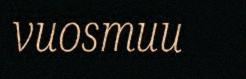
vuosmuu